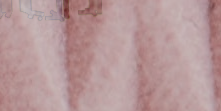
مركز العافية يقدم برامج ر